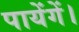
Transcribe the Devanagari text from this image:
पायेंगें।